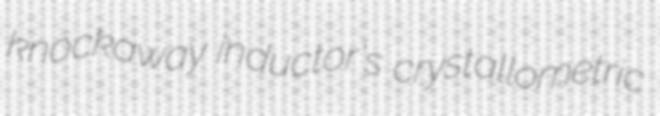
knockaway inductor's crystallometric